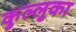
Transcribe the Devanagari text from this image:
कुल्लुका